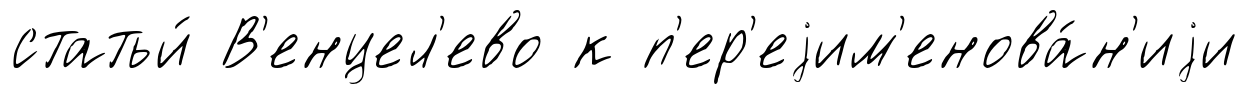
статьи́ В'енцел'ево к п'ер'еjим'енова́н'иjи